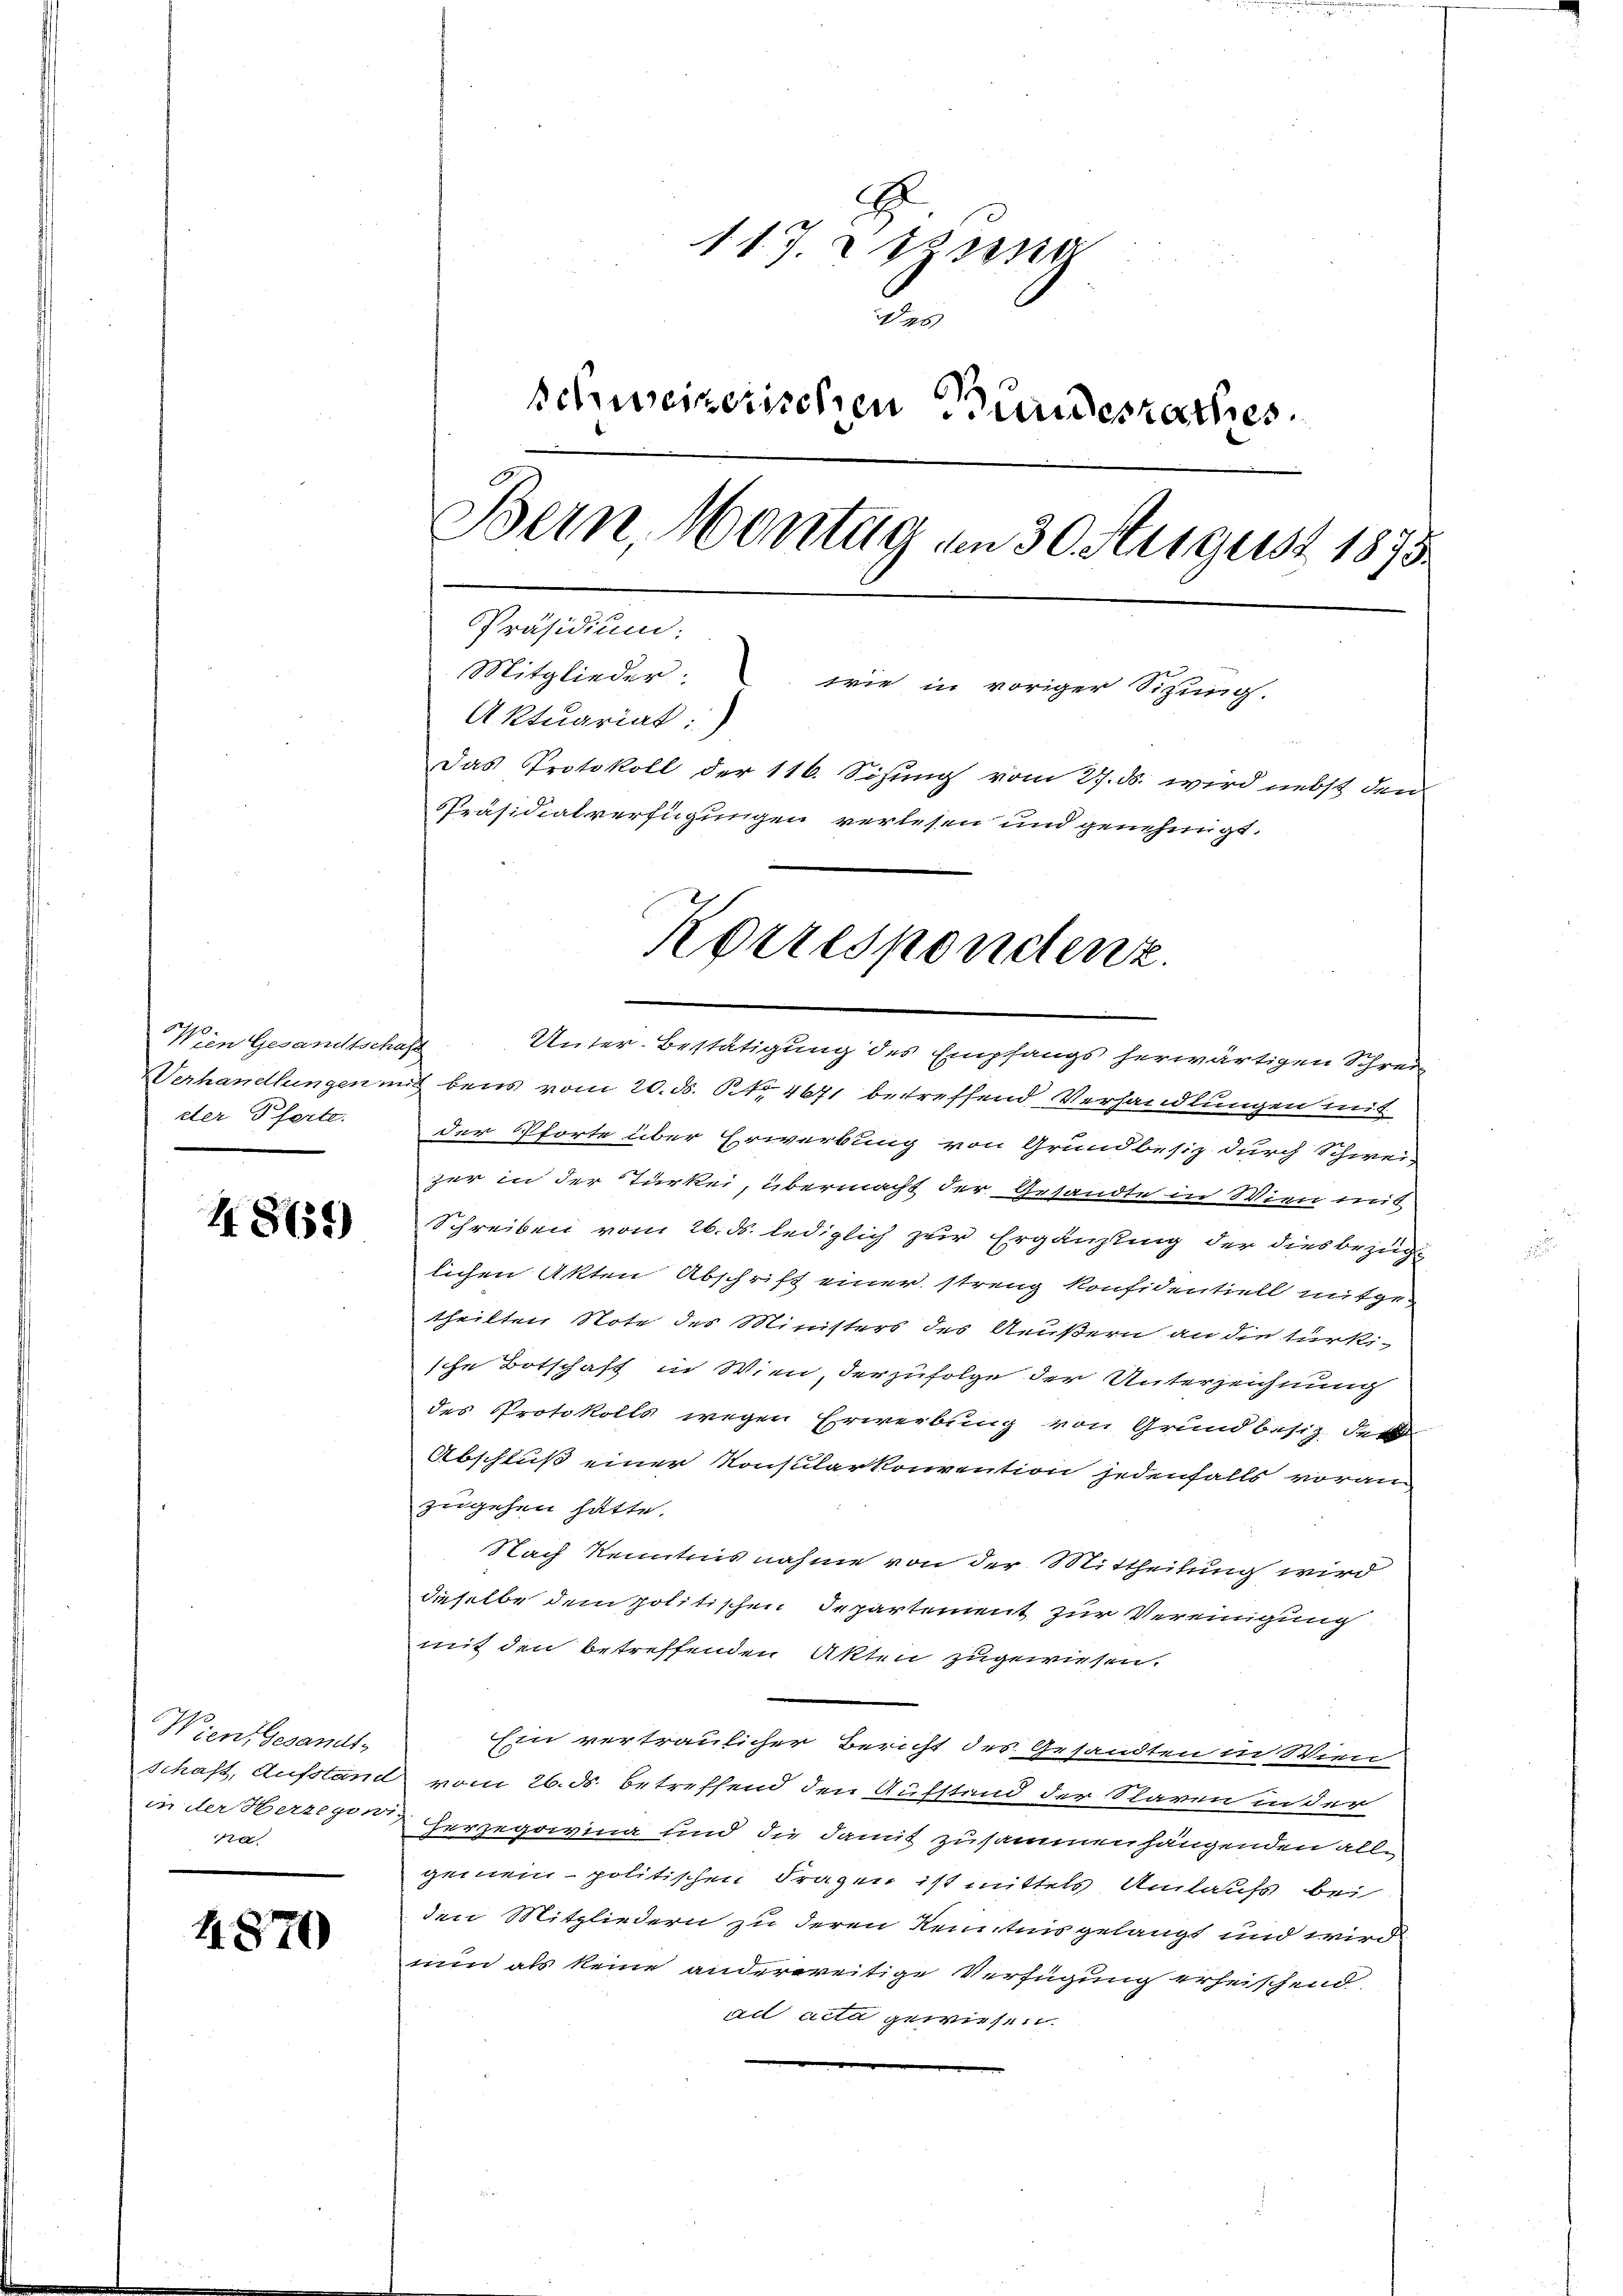
Wein Gesandtschaft
dter Pferte.

4865)

Wien Gesandt-
din

4870

11. J. Diese
9
schweizerischen Bundesrathes.
Bern, Montag von 30. August 1875.
Präsidium.
Mitglieder: wie in voriger Sitzung.
Aktuariat:)
Das Protokoll der 116. Sitzung vom 27. ds. wird nebst den
PPräsidialverfügungen verlesen und genehmigt.

Korrespondenz.

Unter-Bestätigung des Empfangs herwärtigen Schreiz
Verhandlungen mit beis vom 20. ds. NNo. 4671 betreffend Verhandlungen mit
der Pforte über Erwerbung von Grundbesiz durch Schwei-
zer in der Türkei, übermacht der Gesandte in Wien treib
Schreiben vom 26. ds. lediglich zur Ergänzung der diesbezug
lichen Akten Abschrift einer streng konfidentiell mitgetheilten Note des Ministers des Aeußern an die türkische Botschaft in Wien, der zufolge der Unterzeichnung
des Protokolls wegen Erwerbung von Grundbesiz der
Abschluß einer Konsularkonvention jedenfalls voran-
zugehen hätte.
Nach Kenntnis nahme von der Mittheilung wird
dieselbe dem politischen Departement zur Vereinigung
mit den betreffenden Akten zugewiesen.
Ein vertraulicher Bericht des Gesandten in Wien
schaft, Aufstand vom 26. ds. betreffend den Aufstand der Staren in der
in der Herzegen Herzegowina und die damit zusammenhängenden allgemein politischen Fragen ist mittels Umlaufs bei
den Mitgliedern zu deren Kenntnis gelangt und wird
nun als keine anderereitige Verfügung erheischend
ad acta gewiesen.